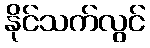
နိုင်သက်လွင်